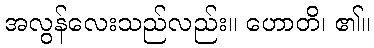
အလွန်လေးသည်လည်း။ ဟောတိ၊ ၏။